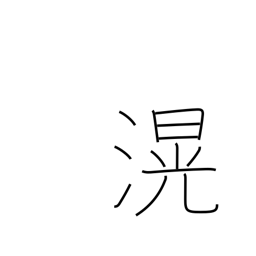
Meaning: deep and broad (water)